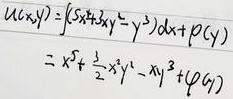
\[\begin{align*}
u(x,y)&=\int(5x^{4}+4xy^{3}-y^{3})\mathrm{d}x + p(y)\\
&=x^{5}+2x^{2}y^{3}-xy^{3}+p(y)
\end{align*}\]